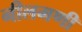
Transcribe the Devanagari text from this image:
नीलमणी